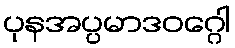
ပုနအပ္ပမာဒဝဂ္ဂေါ